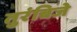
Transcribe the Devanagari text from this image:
तुरंबिजे